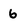
Character: 6